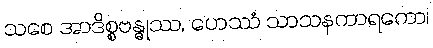
သစေ အာဒိစ္စဗန္ဓုဿ, ဟေဿံ သာသနကာရကော၊